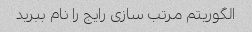
الگوریتم مرتب سازی رایج را نام ببرید